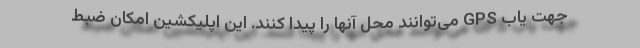
جهت یاب GPS می‌توانند محل آنها را پیدا کنند. این اپلیکشین امکان ضبط